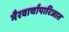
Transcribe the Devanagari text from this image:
भैरवार्चापारिजात